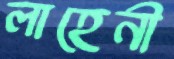
লাহেনী